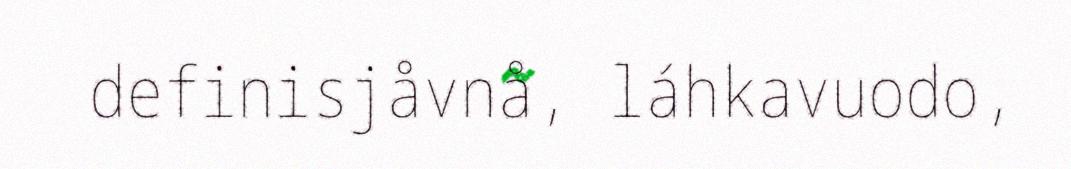
definisjåvnå, láhkavuodo,